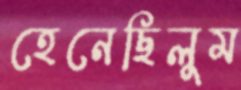
হেনেছিলুম